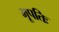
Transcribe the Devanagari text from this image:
भूपतिः